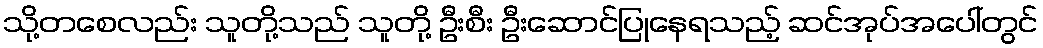
သို့တစေလည်း သူတို့သည် သူတို့ ဦးစီး ဦးဆောင်ပြုနေရသည့် ဆင်အုပ်အပေါ်တွင်